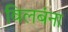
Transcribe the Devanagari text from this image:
विलबंना